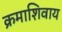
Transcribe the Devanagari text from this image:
क्रमाशिवाय